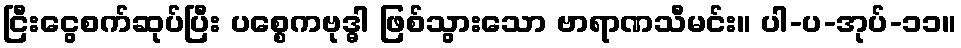
ငြီးငွေစက်ဆုပ်ပြီး ပစ္စေကဗုဒ္ဓါ ဖြစ်သွားသော ဗာရာဏသီမင်း။ ပါ-ပ-အုပ်-၁၁။